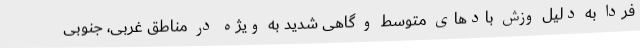
فردا به دلیل وزش بادهای متوسط و گاهی شدید به ویژه در مناطق غربی، جنوبی